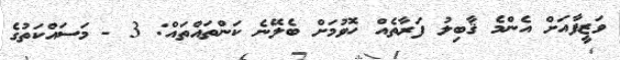
ވަޒީފާއަށް އެންމެ ޤާބިލު ފަރާތެއް ހޮވުމަށް ބެލޭނެ ކަންތައްތައް: 3 - މަސައްކަތުގެ